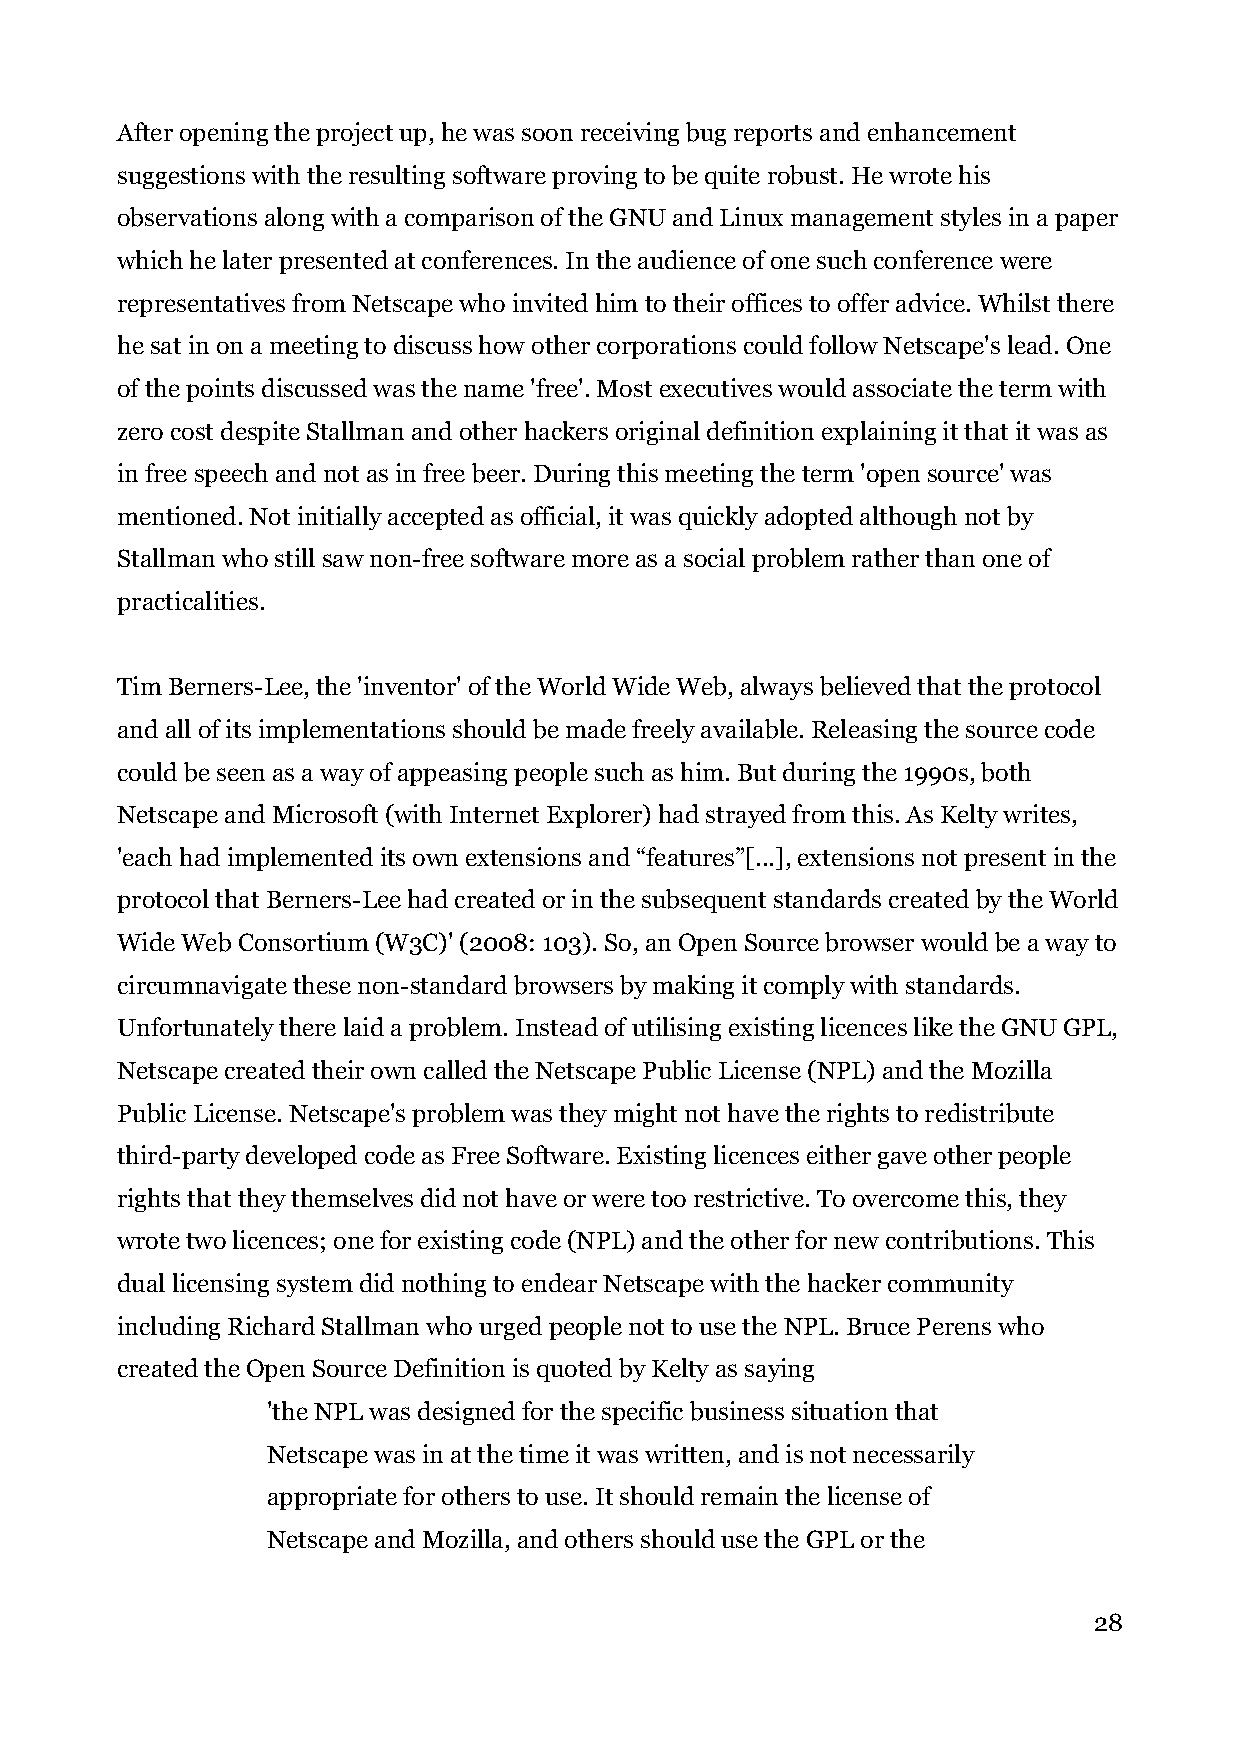
After opening the project up, he was soon receiving bug reports and enhancement
 suggestions with the resulting software proving to be quite robust. He wrote his
 observations along with a comparison of the GNU and Linux management styles in a paper
 which he later presented at conferences. In the audience of one such conference were
 representatives from Netscape who invited him to their offices to offer advice. Whilst there
 he sat in on a meeting to discuss how other corporations could follow Netscape's lead. One
 of the points discussed was the name 'free'. Most executives would associate the term with
 zero cost despite Stallman and other hackers original definition explaining it that it was as
 in free speech and not as in free beer. During this meeting the term 'open source' was
 mentioned. Not initially accepted as official, it was quickly adopted although not by
 Stallman who still saw non-free software more as a social problem rather than one of
 practicalities.
 Tim Berners-Lee, the 'inventor' of the World Wide Web, always believed that the protocol
 and all of its implementations should be made freely available. Releasing the source code
 could be seen as a way of appeasing people such as him. But during the 1990s, both
 Netscape and Microsoft (with Internet Explorer) had strayed from this. As Kelty writes,
 'each had implemented its own extensions and “features”[...], extensions not present in the
 protocol that Berners-Lee had created or in the subsequent standards created by the World
 Wide Web Consortium (W3C)' (2008: 103). So, an Open Source browser would be a way to
 circumnavigate these non-standard browsers by making it comply with standards.
 Unfortunately there laid a problem. Instead of utilising existing licences like the GNU GPL,
 Netscape created their own called the Netscape Public License (NPL) and the Mozilla
 Public License. Netscape's problem was they might not have the rights to redistribute
 third-party developed code as Free Software. Existing licences either gave other people
 rights that they themselves did not have or were too restrictive. To overcome this, they
 wrote two licences; one for existing code (NPL) and the other for new contributions. This
 dual licensing system did nothing to endear Netscape with the hacker community
 including Richard Stallman who urged people not to use the NPL. Bruce Perens who
 created the Open Source Definition is quoted by Kelty as saying
 'the NPL was designed for the specific business situation that
 Netscape was in at the time it was written, and is not necessarily
 appropriate for others to use. It should remain the license of
 Netscape and Mozilla, and others should use the GPL or the
 28